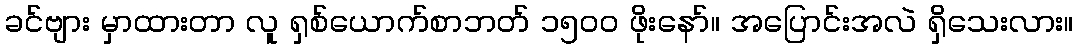
ခင်ဗျား မှာထားတာ လူ ရှစ်ယောက်စာဘတ် ၁၅၀၀ ဖိုးနော်။ အပြောင်းအလဲ ရှိသေးလား။